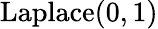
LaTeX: {\textrm{Laplace}}(0,1)